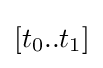
[t_{0}..t_{1}]